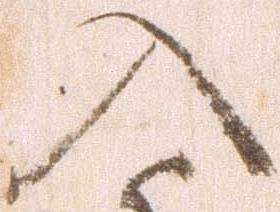
入